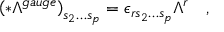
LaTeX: \left( * \Lambda ^ { g a u g e } \right) _ { s _ { 2 } \ldots s _ { p } } = \epsilon _ { r s _ { 2 } \ldots s _ { p } } \Lambda ^ { r } \quad ,